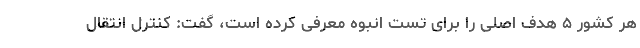
هر کشور ۵ هدف اصلی را برای تست انبوه معرفی کرده است، گفت: کنترل انتقال